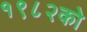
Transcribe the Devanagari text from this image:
१९८२को